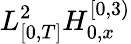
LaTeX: L_{[0,T]}^{2}H_{0,x}^{[0,3)}